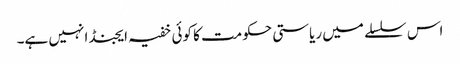
اس سلسلے میں ریاستی حکومت کا کوئی خفیہ ایجنڈا نہیں ہے۔